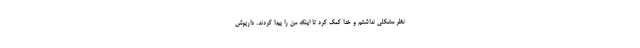
نظر مشکلی نداشتم و خدا کمک کرد تا اینکه من را پیدا کردند. داریوش